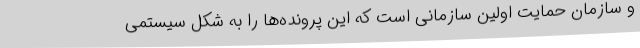
و سازمان حمایت اولین سازمانی است که این پرونده‌ها را به شکل سیستمی